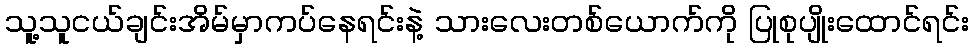
သူ့သူငယ်ချင်းအိမ်မှာကပ်နေရင်းနဲ့ သားလေးတစ်ယောက်ကို ပြုစုပျိုးထောင်ရင်း